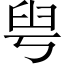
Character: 𦥚